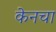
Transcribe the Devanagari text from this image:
केनचा